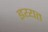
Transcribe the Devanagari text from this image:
इय्यत